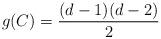
LaTeX: \begin{align*}g(C) = \frac{(d - 1)(d - 2)}{2}\end{align*}